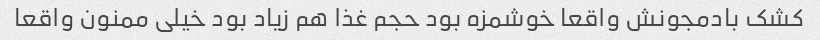
کشک بادمجونش واقعا خوشمزه بود حجم غذا هم زیاد بود خیلی ممنون واقعا